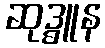
ဆုဒ္ဓူန